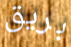
بريق